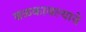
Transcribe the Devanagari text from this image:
बळकावल्याचे